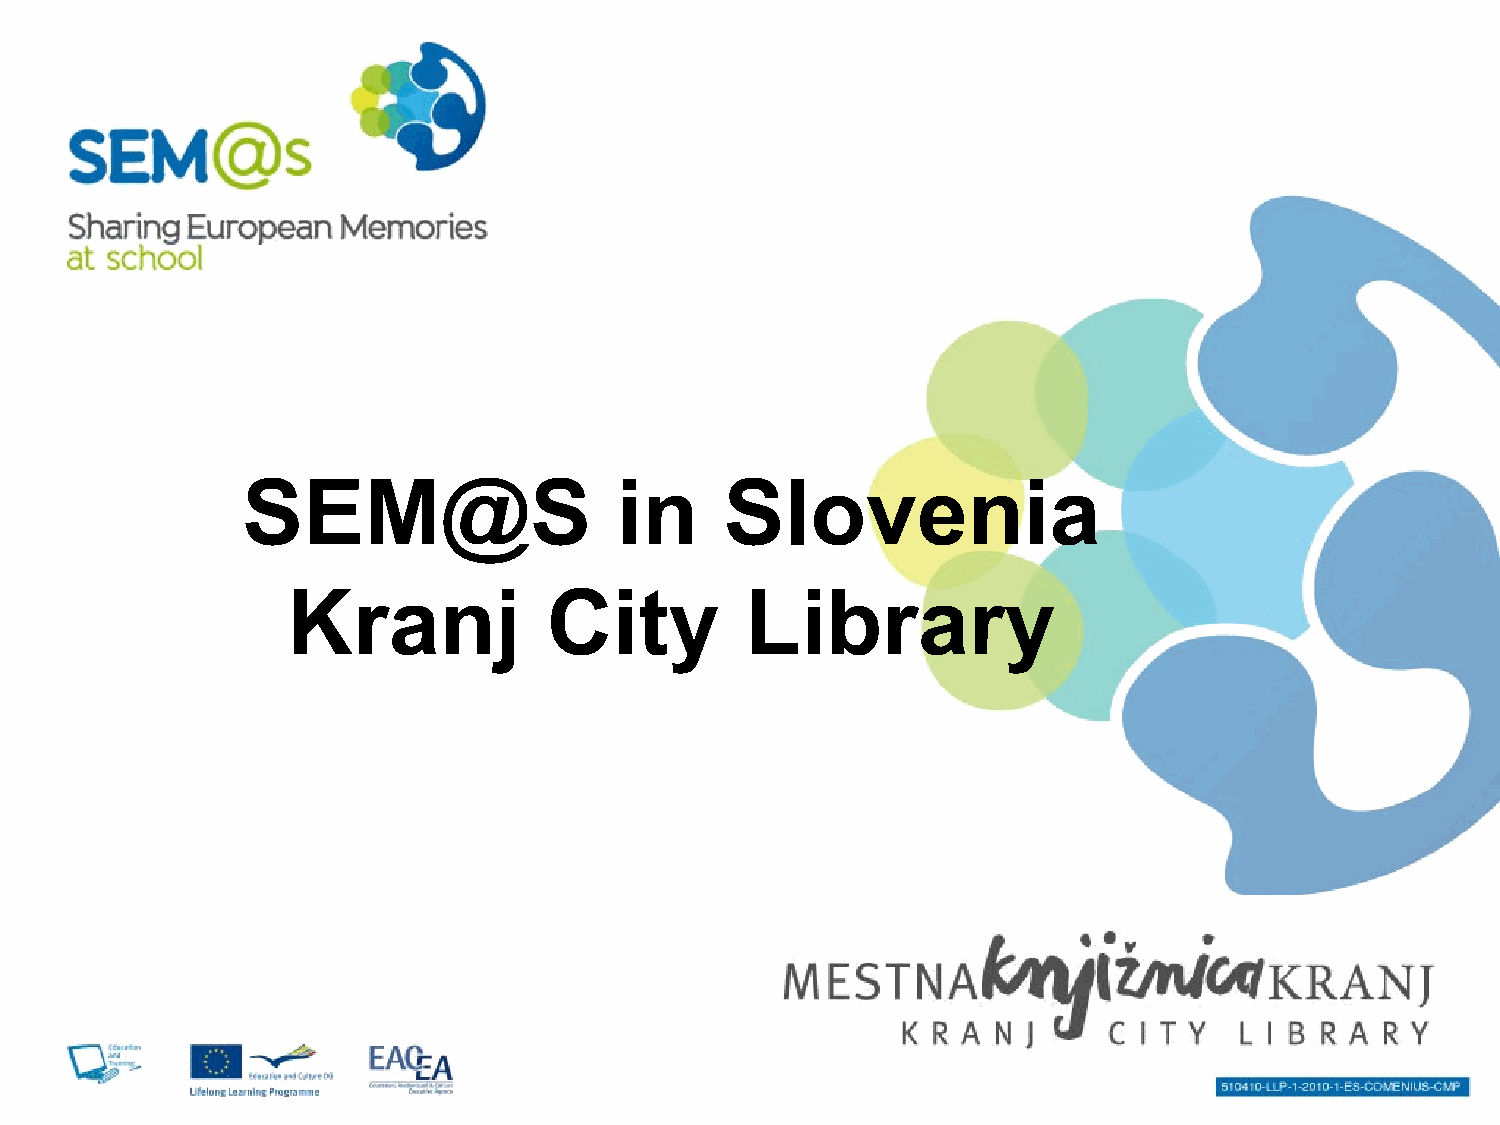
SEM@S                    in     Slovenia
 Kranj            City         Library